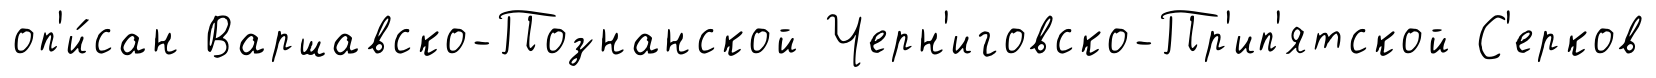
оп'и́сан Варшавско-Познанской Черн'иговско-Пр'ип'ятской С'ерков